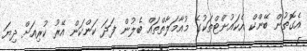
އެގޮތުން ބޭންކް އެކައުންޓްތަކުގެ މުއާމަލާތްތައް ބެލުން ފަދަ ކަންކަން އޭރު ކުރިއަށް ދިޔަ